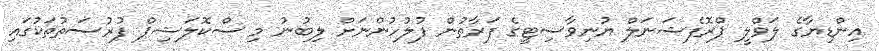
އިންޑިޔާގެ ލަވްލީ ޕްރޮފެޝަނަލް ޔުނިވާސިޓީގެ ފަރާތުން ފުލުހުންނަށް ލިބުނު މި ސްކޮލަޝިޕް ފުރުސަތުތަކުގައި